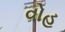
વોહ